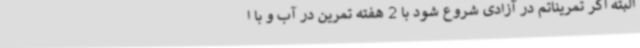
البته اگر تمریناتم در آزادی شروع شود با 2 هفته تمرین در آب و با ا